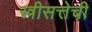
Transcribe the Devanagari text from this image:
स्त्रीसत्तेची